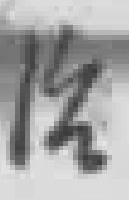
治